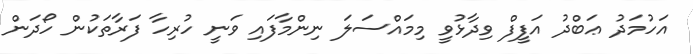
އަހުމަދު ޢަބްދު އަފީފް ވިދާޅުވީ މިމައްސަލަ ނިންމާފައި ވަނީ ހުރިހާ ފަރާތަކުން ހޯދަން